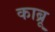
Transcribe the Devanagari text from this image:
काब्रू